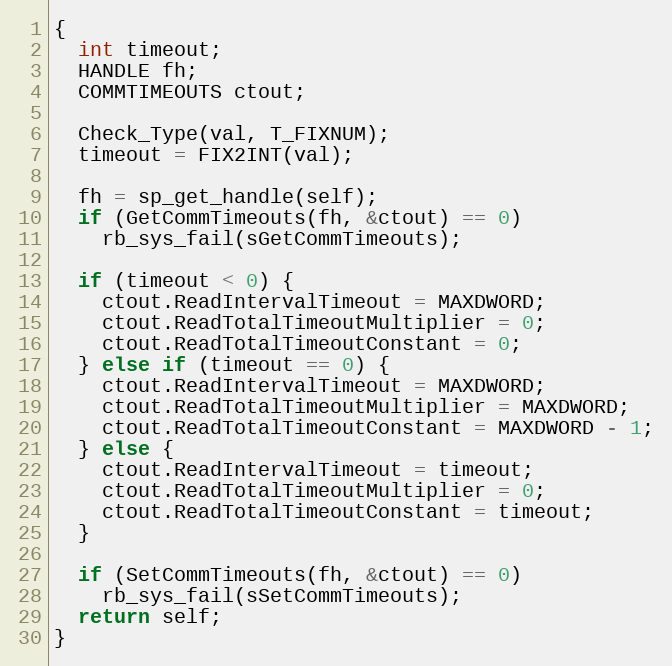
Language: C
{
  int timeout;
  HANDLE fh;
  COMMTIMEOUTS ctout;

  Check_Type(val, T_FIXNUM);
  timeout = FIX2INT(val);

  fh = sp_get_handle(self);
  if (GetCommTimeouts(fh, &ctout) == 0)
    rb_sys_fail(sGetCommTimeouts);

  if (timeout < 0) {
    ctout.ReadIntervalTimeout = MAXDWORD;
    ctout.ReadTotalTimeoutMultiplier = 0;
    ctout.ReadTotalTimeoutConstant = 0;
  } else if (timeout == 0) {
    ctout.ReadIntervalTimeout = MAXDWORD;
    ctout.ReadTotalTimeoutMultiplier = MAXDWORD;
    ctout.ReadTotalTimeoutConstant = MAXDWORD - 1;
  } else {
    ctout.ReadIntervalTimeout = timeout;
    ctout.ReadTotalTimeoutMultiplier = 0;
    ctout.ReadTotalTimeoutConstant = timeout;
  }

  if (SetCommTimeouts(fh, &ctout) == 0)
    rb_sys_fail(sSetCommTimeouts);
  return self;
}